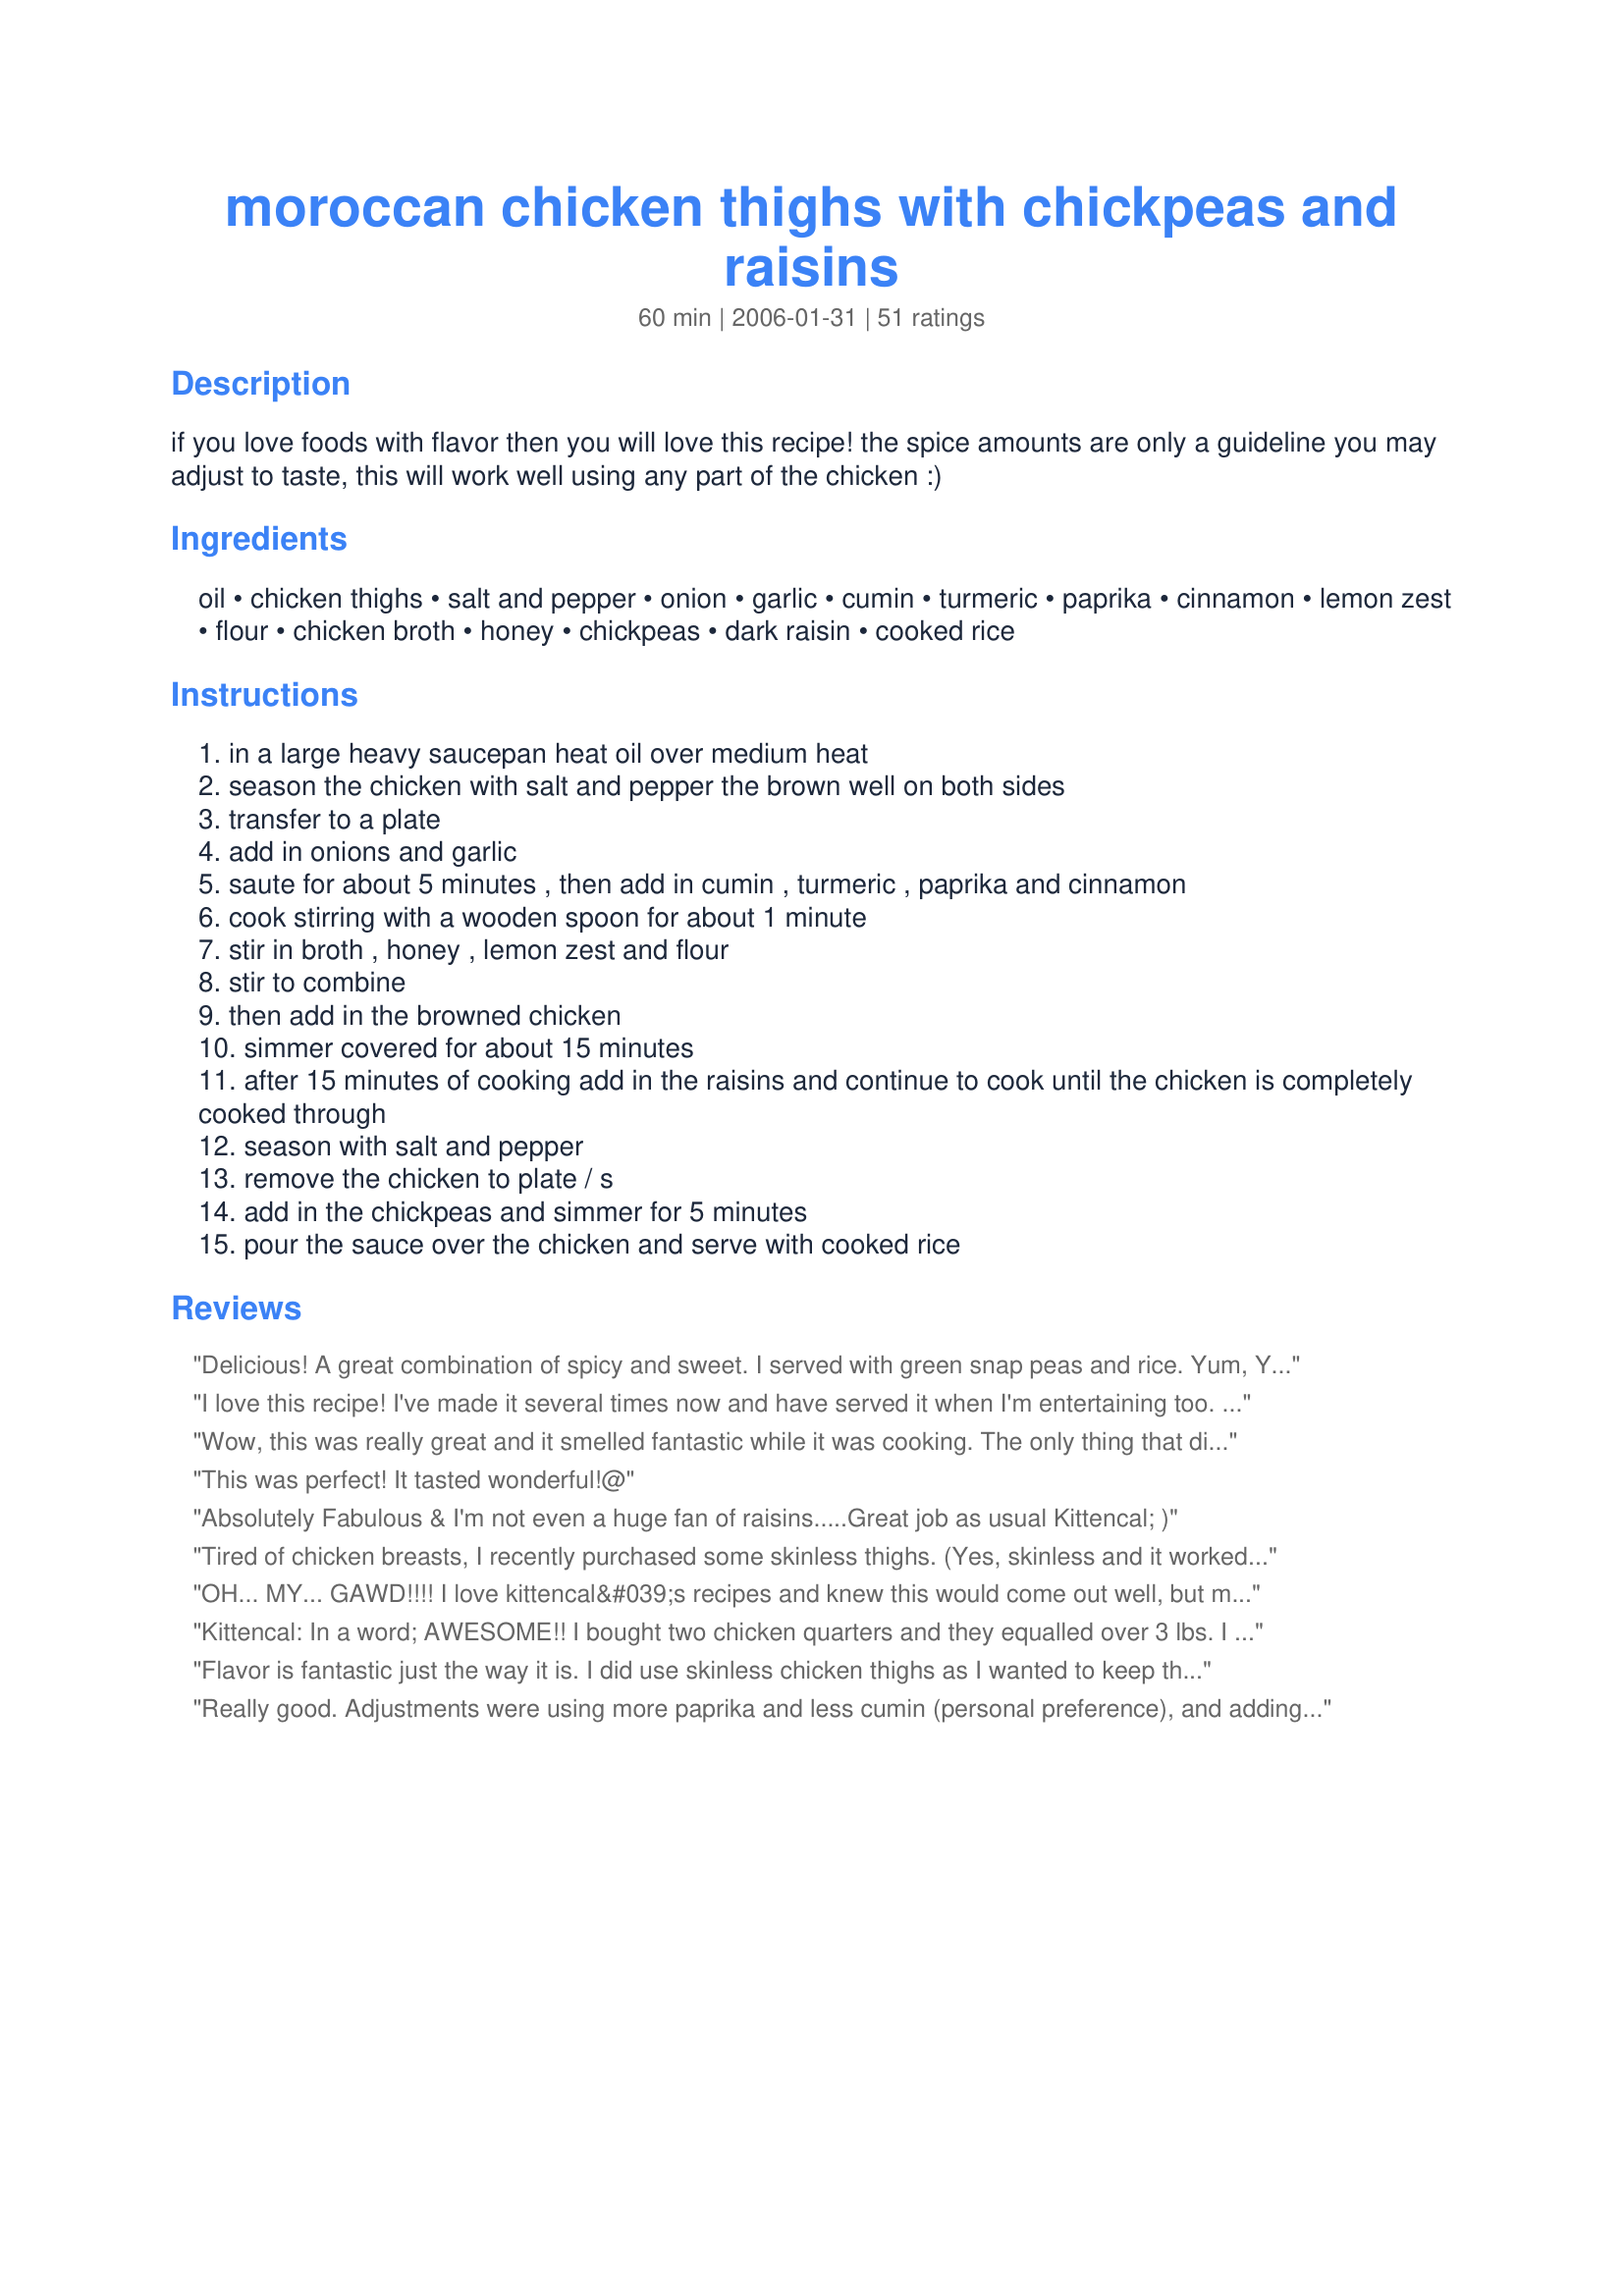
moroccan chicken thighs with chickpeas and raisins
Preparation time: 60 minutes

if you love foods with flavor then you will love this recipe! the spice amounts are only a guideline you may adjust to taste, this will work well using any part of the chicken :)

Ingredients:
oil, chicken thighs, salt and pepper, onion, garlic, cumin, turmeric, paprika, cinnamon, lemon zest, flour, chicken broth, honey, chickpeas, dark raisin, cooked rice

Steps:
in a large heavy saucepan heat oil over medium heat
season the chicken with salt and pepper the brown well on both sides
transfer to a plate
add in onions and garlic
saute for about 5 minutes , then add in cumin , turmeric , paprika and cinnamon
cook stirring with a wooden spoon for about 1 minute
stir in broth , honey , lemon zest and flour
stir to combine
then add in the browned chicken
simmer covered for about 15 minutes
after 15 minutes of cooking add in the raisins and continue to cook until the chicken is completely cooked through
season with salt and pepper
remove the chicken to plate / s
add in the chickpeas and simmer for 5 minutes
pour the sauce over the chicken and serve with cooked rice

Reviews:
Delicious! A great combination of spicy and sweet. I served with green snap peas and rice. Yum, Yum, Yum.
I love this recipe! I've made it several times now and have served it when I'm entertaining too. I don't always add the lemon zest or chick peas and sometimes I add carrots or other vegis because the recipe is very versatile. I like to serve it in a colorful dish with cous cous or rice and people always comment how wonderful the flavor is.
Wow, this was really great and it smelled fantastic while it was cooking. The only thing that didn't work so well for me was that the chicken skin stuck to the bottom of the pan so when I flipped the thighs over the skin all came off. Otherwise it was very easy and even my picky 7-year old said it was yummy.
This was perfect! It tasted wonderful!@
Absolutely Fabulous & I'm not even a huge fan of raisins.....<br/>Great job as usual Kittencal<br/>; )
Tired of chicken breasts, I recently purchased some skinless thighs. (Yes, skinless and it worked fine.) This was quite easy and absolutley delicious. As a big fan of North Africa cuisine, I was particularly impressed with the complexity of flavors in this recipe. Despite the relatively small number of spices combined here, it manages to havethe sweet-spicy-savory blend one finds in a tagine-like dish. Have to confess I forgot to add the flour in step 4, but recovered with a pinch or two of arrowroot at the end. Thanks Kitz!

OH... MY... GAWD!!!! I love kittencal&#039;s recipes and knew this would come out well, but my gosh! Exceeded my expectations! So yummy!!! Halved the recipe and made it exactly and it was just fabulous! Thank you so much! Gonna make this again next week. Can&#039;t wait ! And the raisins and chickpeas were just the perfect amount!
Kittencal:

In a word; AWESOME!!

I bought two chicken quarters and they equalled over 3 lbs. I did add more spice, b/c, I actually wanted it spicier! Odd for me! The smell is divine and it is taking longer to cook. I did thicken the sauce up a bit for pita dipping but, WOW WOW WOW!

amberngriffinco


Flavor is fantastic just the way it is. I did use skinless chicken thighs as I wanted to keep the fat content down but I think it was perfect without using the skin. It would also be great with boneless, skinless chicken breasts. Haven't tried yet but think it might be good in crockpot!
Really good. Adjustments were using more paprika and less cumin (personal preference), and adding canned chickpeas, golden and dark raisins just prior to lidding step (softer chickpeas and plumper raisins). I felt like it *might* have had a bit more flavor, but I was very cautious with salt. Served over white rice, it was handy. This recipe made about 5 servings for us, two of which I froze in containers for later enjoyment (debone chicken before freezing).
This was fantastic! The chickpeas were a bit overwhelming to the taste so I would recomend trying it without them.... but other than that just AMAZING!!!
How do you do it? Another AWESOME recipe. You just want to keep diving in for more! WOW.
Excellent. The sweetness of the raisins complements the nuttiness of the chickpeas. Sweet and spicy at the same time. Great recipe.
The only thing I ever put raisens in are 1) straight to the head; (2) in cereals; and (3) in desserts. So this recipe is completely different from the types of food we normally eat. Boy am I GLAD I tried something new! This dish just melted in our mouths. The spices, onion, garlic, and broth come together in a flavorful symphony! The chickpeas and raisins add texture and an extra dose of yumminess! GREAT recipe! (I used 6 thighs w/bone and skin, and organic "better than bouillion chicken base" ... used the spices in quantities suggested, but drained pan before adding veggies. As such, had to add a bit of broth to pan to add moisture after adding seasonings per the instructions).
I really liked this! I added frozen peas at the end to add some veggies, next time I think I will try spinach- But the peas weren't bad. The contrast between the peas and the raisins was unique- both were squishy- one was sweet, the other savory. I served it over brown jasmine rice. I will definitively make this again.
Soooo easy, soooo good! Nothing more to say!
Fixed this recipe so my wife could have a night off from cooking. She came into the kitchen 3 times while it was being prepared because it smelled so good. It takes some preparation and it takes a while to cook but the results are definitely worth it. We served the dish over jasmine rice and it was wonderful. The dish is amazingly filling and leaves you feeling very satisfied at the end of the meal. You probably wouldn't want to fix this dish too often because the dish is so rich and flavorful but is is a great, tasty and relatively cheap dish to prepare. Be careful, however, this dish is a tablecloth stainer so don't get it on your clothes, tablecloth or best napkins.
This was great.Made it with chicken breasts instead (personal preference over thighs) and served with Fruity Couscous. Thanks for another fantastic recipe Kittencal.
This was wonderful! I had only golden raisins so had to sub. Took skin off on half the thighs to see if it would make a difference (it didn't). My DH and friend were thrilled as well! I served it with a brown rice/mushroom/green peas combo. (Someone else had mentioned green peas and it sounded good which it was.) Thanks!
This sauce is so yummy! I would probably use breasts next time or no chicken at all! I served it with brown rice.
Ohh Kittencal! How delicious this is! I made it just as written and found the seasonings just perfect. I&#039;ve loved all your recipes that I&#039;ve tried so I didn&#039;t give a thought to serving this (untried) recipe to my guests. They loved it too. I&#039;ll be doing this frequently I&#039;m sure! Thank you so much...again.
Absolutely amazing! This is the best recipe I've made in a long time, and one that I will make again and again. Thanks Kittencal!
Oh my...this is so good. I normally do not like chickpeas nor raisin but decided to try this recipe. Absolutely delicious. Will keep this one on the regular rotation. I followed the recipe exactly except that I used boneless/skinless thighs since that is what I had on hand. Keeper recipe. Thanks Kitten.
had it last night , live in mallorca spain so added a special honey with almonds in it. Delicous
Fan-yummy-tastic! Made it exactly as stated, except I only used four chicken legs because I like sauce (will use 6 next time). Very different from my normal menu, will definitely make this again. And again.
I didn't have raisins - only had honey dates on hand - and used that as a substitute and it still came out fantastic. Great combination of flavours!
Very good.
Very tasty, simple and quick to prepare. All of the spices come together in an excellent sauce. Put some over the rice as well. I had no chick peas and didn&#039;t miss them! Also added some dried cranberry to the raisins. Top with toasted pecans or almonds.
This is nice and easy and flavorful. I recommend making it ahead - the flavors were better after sitting in the fridge for a day. I added a bit of cayenne to the mix. Thanks for posting!
I made this tonight except used boneless skinless thighs. Very good and I would make again but would probably add more raisins. I also think it will be better tomorrow. I was expecting much more flavour from all the spices.
This was delicious and really easy. I used bone in chicken pieces (skinless) but it still turned out good. Also, used water instead of chicken stock, but I didnt find the flavour lacking, so i'll stick with it for next time. The flavours of the spices went deliciously together. Great recipe!
Yummy and straightforward. I had everything on hand. Only changes - I used golden raisins just b/c I wanted to. And I put the chickpeas in along with the chicken. Not a fan of crunchy chickpeas so I knew I wanted them to cook much much longer than 5 minutes. Well done. Even better as left overs. Hubby loved and I will make it again for the kiddos, too.
My Mom and I made this and we thought it deserved 6 stars we did a few small changes. We used skinless boneless chicken,1 tsp of tumeric (b/c we find too much tumeric can become bitter),3 scant Tbsp honey and we added 1 Tbsp of fresh microplaned ginger and 1/4 tsp of chili flakes. The raisins really mellow out in flavor as it cooks they just lend a light sweet note this recipe does not fail to deliver.
I’m super obsessed. No difference from all the delicious meals I had I Marrakech. Wouldn’t change a thing. I made it with cinnamon and cardamom spiced basmati rice done in the crock pot. Amazeballs.
Fantastic!!! I removed the skin from the chicken, but otherwise followed the recipe. I normally don't like fruit with meat - loved this - and now am trying alot more recipes with fruit in them. Thanks!
Wonderful flavors! I added a few more raisins to kick up the sweet taste.
We enjoyed this very much. Great comfort food with just the right amount of heat
What a delightful recipe. I used boneless, skinless thighs, added eggplant and spinach and a squeeze of fresh lemon juice over the plates just before serving. I skinned and cubed the eggplant and tossed it in with the onions so it cooked down beautifully. I didn&#039;t have raisins on hand so I used dried cranberries and loved the tang they added plus they went very well with the spinach. I added the spinach at the very end after I had taken the pot off the heat so it was just wilted by the time we ate. Delicious over buttered basmati and even better the next day!
I had hoped that the sauce would've been pervasive throughout the dish but it really wasn't. The meat didn't take on much of the flavors and the sauce just didn't seem to be as full-bodied as I'd have hoped. Perhaps as a crockpot recipe this would work better...also add a little more kick to it somehow.
I loved the spice blend in this recipe. I've only cooked 1 1/2 pounds of chicken legs (3 chicken legs), but kept the amount of the other ingredients. BF and I love sauces. I used 2 smallish onions, which I halved and sliced. I prefer it that way in many Moroccan dishes. I would up the amount of onions next time. I threw in a few cherry tomatoes I had in the fridge and they fitted in well and added colour. BF gave this recipe 5 stars, I tended towards 4, but I usually go with the higher rating.
Delicious recipe! My husband loved it and typically doesn&#039;t like exotic foods. Only reason I gave it 4 stars instead of 5 is the amount of chickpeas. I thought 1 1/2 cups was too much and overpowered the sauce. My recommendation is to decrease amount in half to a 3/4 cup of chickpeas. I would also add them into the broth a little sooner so they have a little more time to cook (10 minutes). Overall, a fantastic recipe that provides plenty of flavor and is easy to make.
I really enjoyed this recipe. I made this as written except I reduced the cumin to 1/2 tsp. This is easy to make. I did let the chicken cook a little longer and found that it was very tender. The leftovers were also wonderful. Thanks for the recipe.
Great meal. I used a little less honey,and only about half of the broth (I thought it would be too soupy with 3 cups) but otherwise left it alone. I served it with an Indian style spinach, this complemented the dish perfectly.
I thought this was wonderful! My family really enjoyed it and we'll definitely make it again. If you like food with a lot of flavor and aren't opposed to curry or cooking with raisins, give this one a shot! I used five boneless skinless thighs and it worked well. Simply for ease of serving (and eating for the kids), I sliced the thighs into strips and then halved the strips (in length) before returning the chicken to the sauce. I'll bet that the leftovers will be fab!
So delicious! I would change nothing, but I did use dried chick peas, 1/2 cup, and soaked them overnight, adding them at the same time with the chicken and they were cooked by the time chicken was cooked. Also, at the end of cooking time I added some couscous in the pot to absorb the lovely juices, resulting a tagine like dish. Very very good and simple as well and the whole meal in one pot.
This was so good - thank you Kittencal. I made this for the family at short notice & it came together beautifully. Sweet & exotic just fab! Cheers Catherine
I have not cooked anything I don&#039;t like from Kittencal. She never disappoints! I loved this recipe, I have made it many times over the past few years. I tried it with boneless skinless chicken breast, it is not as good as the way she makes it. I also loved the raisins so much that I added more. Ha! Bad idea, it was just too sweet. Make it as she explains and it will come out perfect. Just make sure you season your meat!
Wow, this was fantastic! The chicken was flavorful and moist and the sauce was super. My family really enjoyed this dish and I'll be making it again for sure. And it was so inexpensive to make, I probably spent less than $8 total. I ended up not having enough chicken broth so I subbed apple juice. I can't wait to eat the leftovers!
This recipe is delicious! The whole family, kids included, absolutely loves it. But I skip the raisins and add extra chickpeas. Yum!
Very flavorful, but I did make a few changes so that I can use up the chickpea salad I had bought. So though the recipe is not true to form, it was still good. I did find that with a good pan, I did not have to add much oil to brown the chicken (it already had the fat from the skin). Great way to use up the chickpea and raisins I had lying around.
I have made this dish several times and I want to give credit where credit is due. Not only is this dish delicious, but the aroma in the house while it is cooking is absolutely wonderful.
